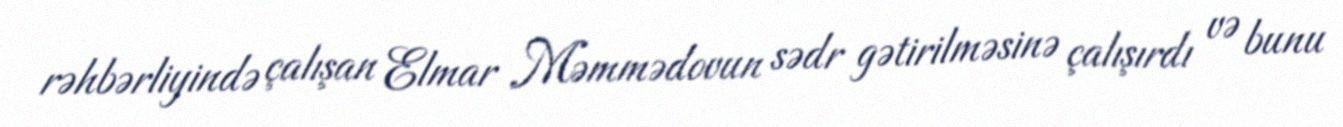
rəhbərliyində çalışan Elmar Məmmədovun sədr gətirilməsinə çalışırdı və bunu